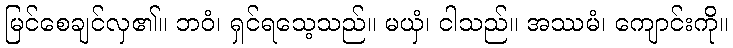
မြင်စေချင်လှ၏။ ဘဝံ၊ ရှင်ရသေ့သည်။ မယှံ၊ ငါသည်။ အဿမံ၊ ကျောင်းကို။